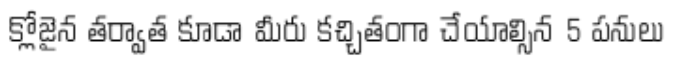
క్లోజైన తర్వాత కూడా మీరు కచ్చితంగా చేయాల్సిన 5 పనులు